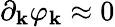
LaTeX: \partial_{\mathbf{k}}\varphi_{\mathbf{k}}\approx0